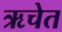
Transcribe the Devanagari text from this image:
ऋचेत